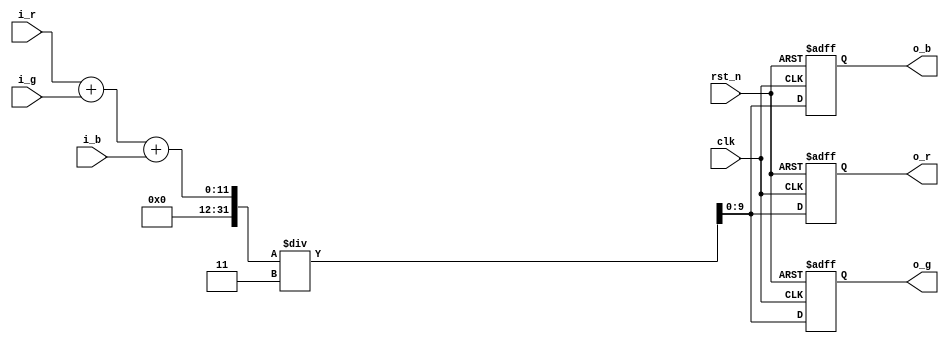
/* 
(C) OOMusou 2008 http://oomusou.cnblogs.com

Filename    : RGB2Gray.v
Compiler    : Quartus II 7.2 SP3
Description : RGB to gray
Release     : 07/14/2008 1.0
*/

module RGB2Gray (
  input            clk,
  input            rst_n,
  input      [9:0] i_r,
  input      [9:0] i_g,
  input      [9:0] i_b,
  output reg [9:0] o_r,
  output reg [9:0] o_g,
  output reg [9:0] o_b
);

always@(posedge clk or negedge rst_n) begin
  if (!rst_n) begin
    o_r <= {10{1'b0}};
    o_g <= {10{1'b0}};
    o_b <= {10{1'b0}};
  end
  else begin
    o_r <= (i_r + i_g + i_b) / 3;
    o_g <= (i_r + i_g + i_b) / 3;
    o_b <= (i_r + i_g + i_b) / 3;
  end
end

endmodule